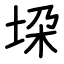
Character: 垜